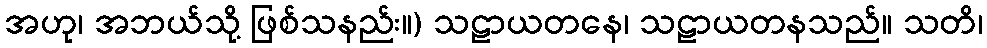
အဟု၊ အဘယ်သို့ ဖြစ်သနည်း။) သဠာယတနေ၊ သဠာယတနသည်။ သတိ၊